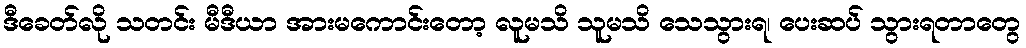
ဒီခေတ်လို သတင်း မီဒီယာ အားမကောင်းတော့ လူမသိ သူမသိ သေသွားရ၊ ပေးဆပ် သွားရတာတွေ